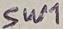
Text: SW1